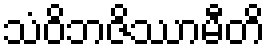
သံဝိဘဇိဿာမီတိ